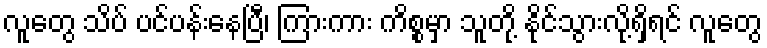
လူတွေ သိပ် ပင်ပန်းနေပြီ၊ ကြားကား ကိစ္စမှာ သူတို့ နိုင်သွားလို့ရှိရင် လူတွေ